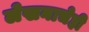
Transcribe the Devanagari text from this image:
लेखनाचेही